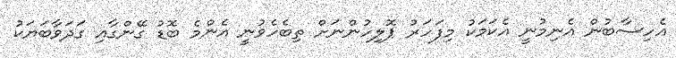
އެހިސާބުން އެނިމުނީ އެކަމަކު މިފަހަރު ޕޮލިހުންނަށް ތިބެހެވުނީ އެންމެ ބޮޑު ގޭންގާއި ގަދަވާބަޔަކު